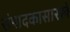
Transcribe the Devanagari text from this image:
संपादकासारखे